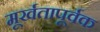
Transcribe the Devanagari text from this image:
मूर्खतापूर्वक